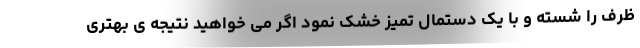
ظرف را شسته و با یک دستمال تمیز خشک نمود اگر می خواهید نتیجه ی بهتری